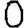
Digit: 0